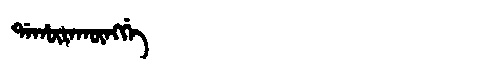
Manchu: ᡩᠠᡥᡡᡵᠠᡴᡡᠩᡤᡝ
Romanization: DAHŪRAKŪNGGE